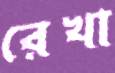
রেখা